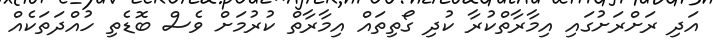
އަދި ރަށްރަށުގައި އިމާރާތްކުރާ ކުދި ގޯތިތައް އިމާރާތް ކުރުމަށް ވެސް ބޮޑެތި ހުއްދަތަކެއް